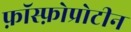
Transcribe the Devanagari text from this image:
फ़ॉस्फ़ोप्रोटीन